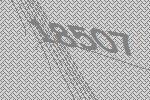
18507